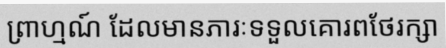
ព្រាហ្មណ៍ ដែលមានភារៈទទួលគោរពថែរក្សា